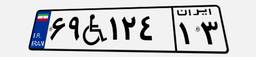
۹۵W۹۳۰۸۳